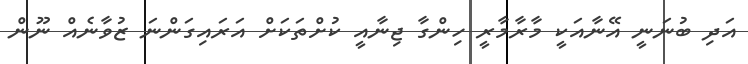
އަދި ބުނަނީ އޭނާއަކީ މާރާމާރީ ހިންގާ ޖިނާއީ ކުށްތަކަށް އަރައިގަންނަ ޒުވާނެއް ނޫން